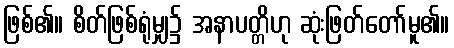
ဖြစ်၏။ စိတ်ဖြစ်ရုံမျှ၌ အနာပတ္တိဟု ဆုံးဖြတ်တော်မူ၏။